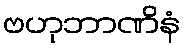
ဗဟုဘာဏိနံ